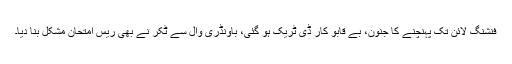
فنشنگ لائن تک پہنچنے کا جنون، بے قابو کار ڈی ٹریک ہو گئی، باؤنڈری وال سے ٹکر نے بھی ریس امتحان مشکل بنا دیا۔